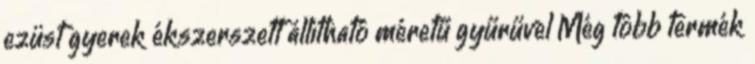
ezüst gyerek ékszerszett állítható méretű gyűrűvel Még több termék